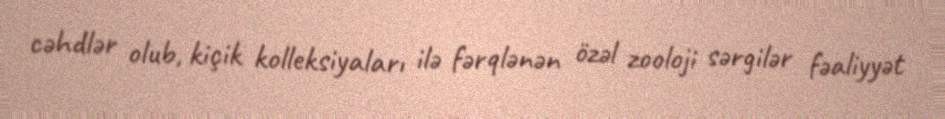
cəhdlər olub, kiçik kolleksiyaları ilə fərqlənən özəl zooloji sərgilər fəaliyyət